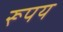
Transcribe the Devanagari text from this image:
रूपय